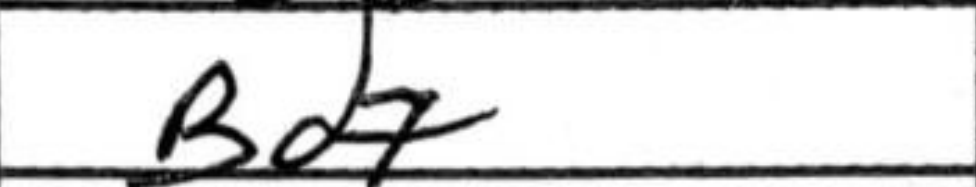
Transcription: Bd7